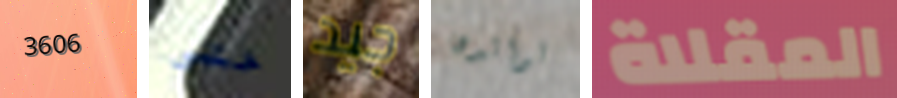
3606 حتى جيد لوالدها المقلاة